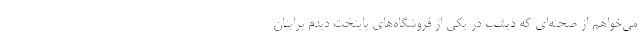
می‌خواهم از صحنه‌ای که دیشب در یکی از فروشگاه‌های پایتخت دیدم برایتان